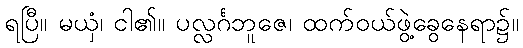
ရပြီ။ မယှံ၊ ငါ၏။ ပလ္လင်္ဂဘူဇေ၊ ထက်ဝယ်ဖွဲ့ခွေနေရာ၌။